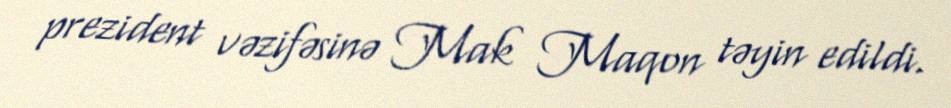
prezident vəzifəsinə Mak Maqon təyin edildi.